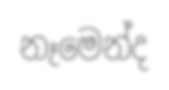
නෑමෙන්ද